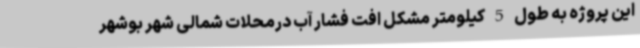
این پروژه به طول 5 کیلومتر مشکل افت فشار آب درمحلات شمالی شهر بوشهر